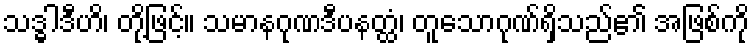
သဒ္ဓါဒီဟိ၊ တို့ဖြင့်။ သမာနဂုဏဒီပနတ္ထံ၊ တူသောဂုဏ်ရှိသည်၏ အဖြစ်ကို